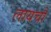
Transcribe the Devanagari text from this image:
लायचौ